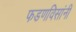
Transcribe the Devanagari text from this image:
फडणविसांनी